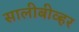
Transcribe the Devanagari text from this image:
सालीबीव्हर